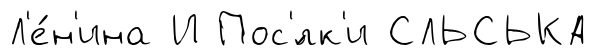
Л'е́н'ина И Пос'́лк'и СЛЬСЬКА